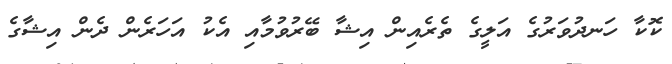
ކޮކާ ހަނދުވަރުގެ އަލީގެ ތެރެއިން އިޝާ ބޭރުވުމާއި އެކު އަހަރެން ދެން އިޝާގެ